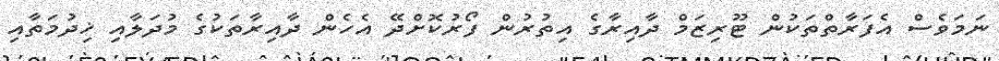
ނަމަވެސް އެފަރާތްތަކުން ޓޫރިޒަމް ދާއިރާގެ އިތުރުން ފޯރުކޮށްދޭ އެހެން ދާއިރާތަކުގެ މުދަލާއި ޚިދުމަތާއި